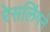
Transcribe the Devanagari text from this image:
रेसलिंगने